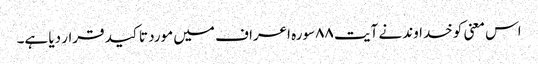
اس معنی کو خداوند نے آیت ٨٨سورہ اعراف میں مورد تاکید قرار دیا ہے۔